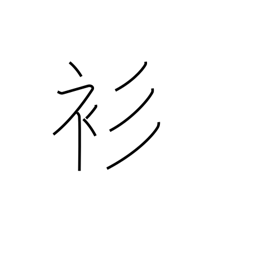
Meaning: thin kimono